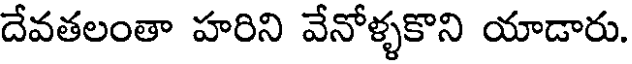
దేవతలంతా హరిని వేనోళ్ళకొని యాడారు.